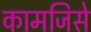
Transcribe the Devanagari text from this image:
कामजिसे